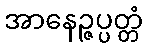
အာနေဉ္ဇပ္ပတ္တံ